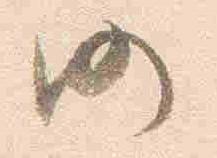
仍